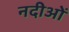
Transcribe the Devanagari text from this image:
नदीओं